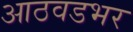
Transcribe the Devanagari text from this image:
आठवडभर